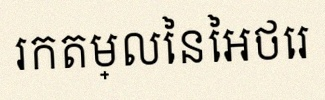
រកតម្លៃនៃអថេរ